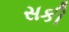
સકી